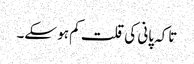
تاکہ پانی کی قلت کم ہو سکے۔